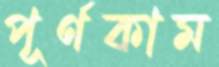
পূর্ণকাম